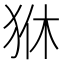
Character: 㹯